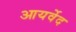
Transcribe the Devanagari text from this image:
आयर्वेद